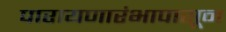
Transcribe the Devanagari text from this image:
पारायणारंभापासून